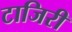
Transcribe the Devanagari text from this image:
टाजिरी